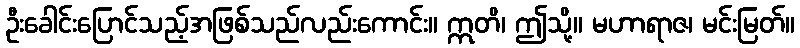
ဦးခေါင်းပြောင်သည့်အဖြစ်သည်လည်းကောင်း။ ဣတိ၊ ဤသို့။ မဟာရာဇ၊ မင်းမြတ်။